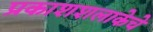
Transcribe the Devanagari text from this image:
प्रकाशशलाकेचे